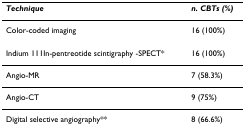
| Technique | n. CBTs (%) |
 | --- | --- |
 | Color-coded imaging | 16 (100%) |
 | Indium 111In-pentreotide scintigraphy -SPECT* | 16 (100%) |
 | Angio-MR | 7 (58.3%) |
 | Angio-CT | 9 (75%) |
 | Digital selective angiography** | 8 (66.6%) |